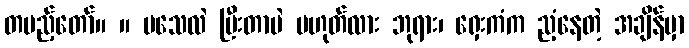
တပည့်တော်။ ။ မသေလဲ ပြီးတာပဲ မဟုတ်လား ဘုရား၊ ရှေးကံက ညံ့နေတဲ့ အချိန်မှာ